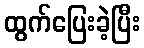
ထွက်ပြေးခဲ့ပြီး